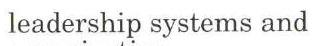
leadership systems and